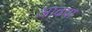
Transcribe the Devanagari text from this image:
आढवा